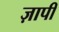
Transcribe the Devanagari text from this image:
ज़ापी